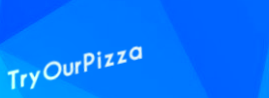
TryOurPizza